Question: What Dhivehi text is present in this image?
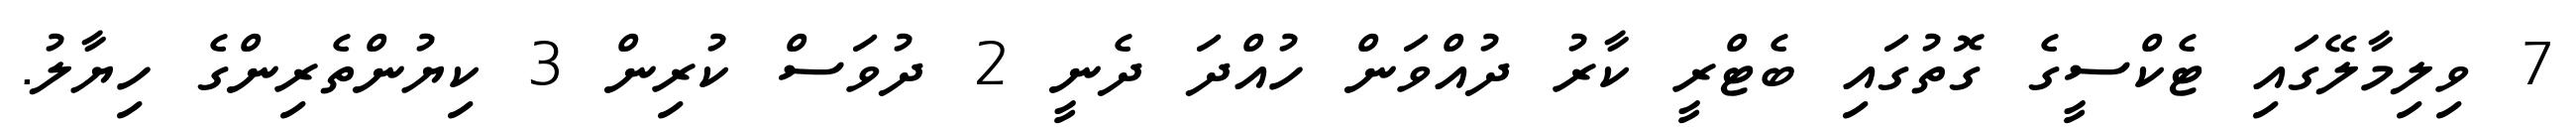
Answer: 7 ވިލިމާލޭގައި ޓެކްސީގެ ގޮތުގައި ބެޓްރީ ކާރު ދުއްވަން ހުއްދަ ދެނީ 2 ދުވަސް ކުރިން 3 ކިޔުންތެރިންގެ ހިޔާލު.